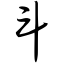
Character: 斗